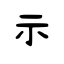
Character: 示